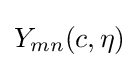
Y_{mn}(c,\eta )